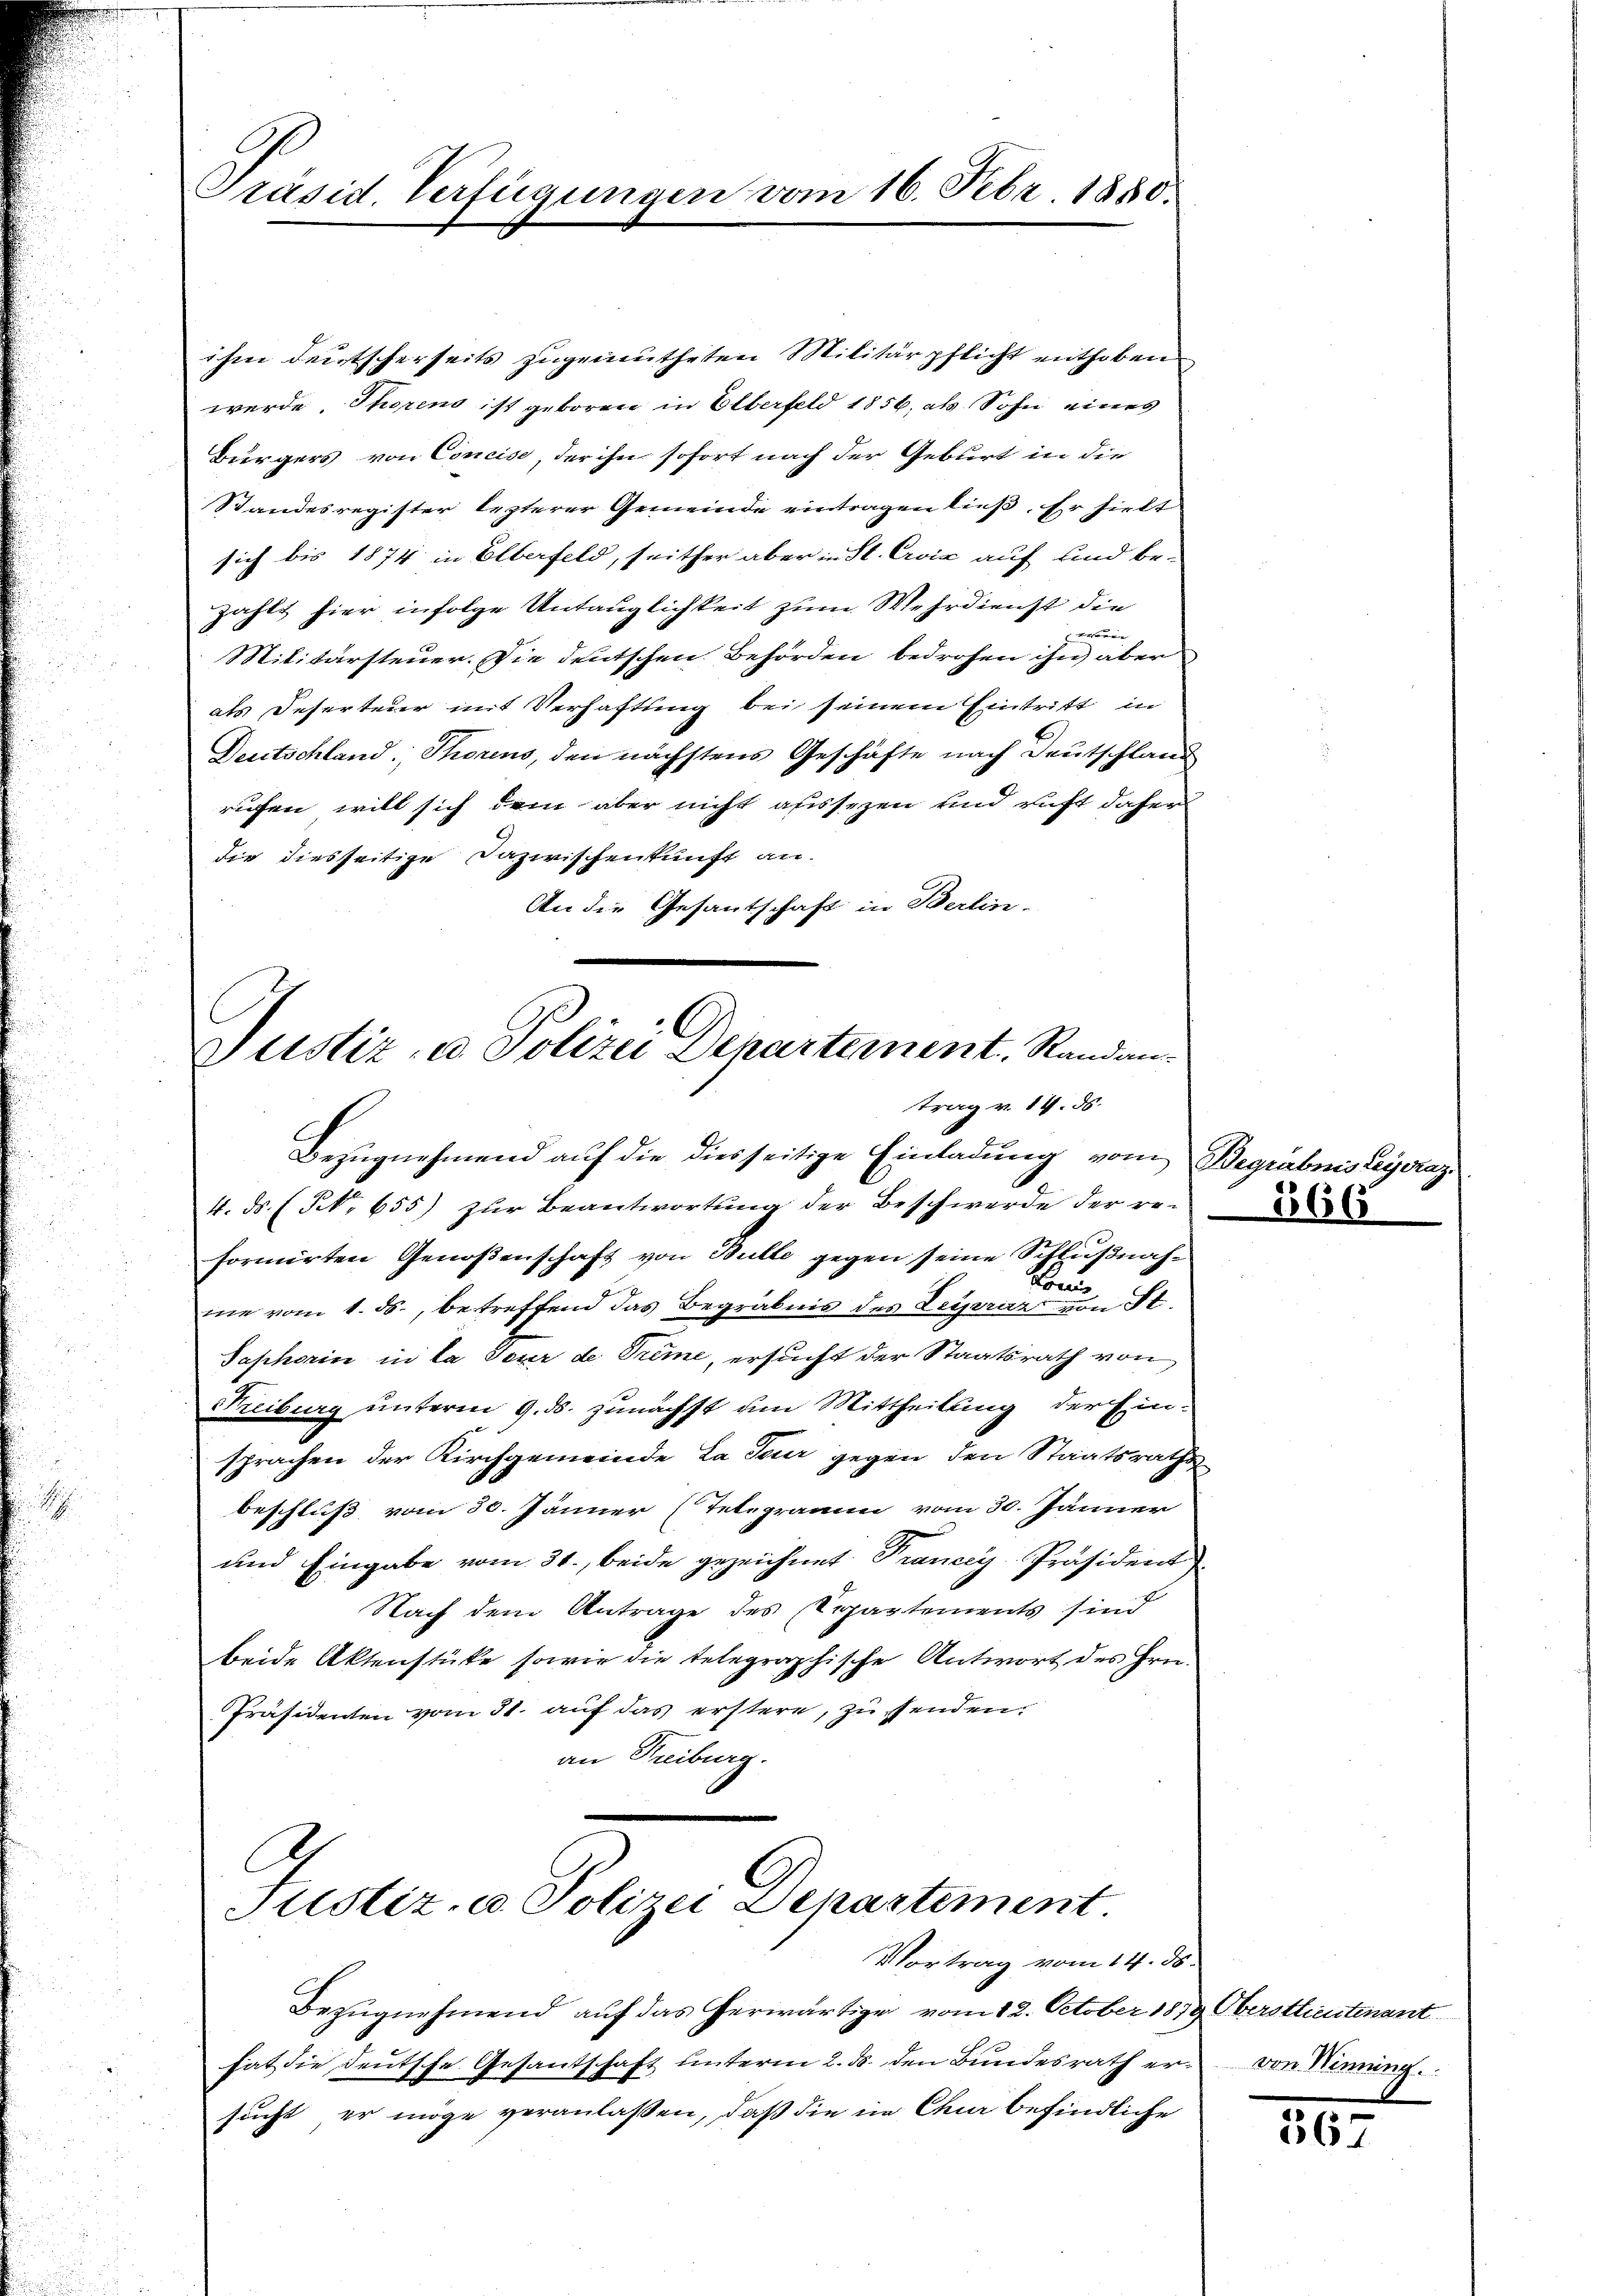
Präsid. Verfügungen vom 16. Febr. 1880.

ihm deutscherseits zugemutheten Militärpflicht enthoben
werde, Thoren ist geboren in Elterfeld 1856, als Sohn eines
Bürgers von Concise, der ihn sofort nach der Geburt in die
Standesregister lezterer Gemeinde eintragen ließ. Er hielt
sich bis 1874 in Elberfeld, seither aber in St. Crvić auf und be-
zählt hier infolge Untauglichkeit zum Wehrdienst die
eehrere
Militärsteuer. Die deutschen Behörden bedrohen ihn aber
als Deserteur mit Verhaftung bei seinem Eintritt in
Deutschland, Thorens, den nächstens Geschäfte nach Deutschland
rufen will sich dem aber nicht aussezen und ruft daher
die diesseitige Dazwischenkunft an.
An die Gesantschaft in Berlin-

Justiz- u. Polizei Departement. Randen.
trag v. 14. ds.

Bezŭgnehmend auf die diesseitige Einladung vom Begräbn
4. ds. (N. 655) zur Beantwortung der Beschwerde der reformirten Genoßenschaft von Bulle gegen seine Schlußnah¬
Bun
me vom 1. ds., betreffend das Begräbnis des Leiparaz von St.
Saphorin in La seur de Trême, ersucht der Staatsrath von
Freiburg unterm 9. ds. zunächst um Mittheilung der Einsprachen der Kirchgemeinde La feuer gegen den Staatsrathe
beschluß vom 30. Jänner (Telegramm vom 30. Jänner
und Eingabe vom 31. beide gezeichnet Trancey-Präsident
Nach dem Antrage des Separtements sind
beide Aktenstüke sowie die telegraphische Antwort des Hrn.
Präsidenten vom 31. auf das erstere, zu senden.
an Freiburg.

l
Justiz- u. Polizei Departement
Vortrag vom 14. ds.

Bezugnehmend auf das herwärtige vom 12. October 1879 Oberstlieutenant
hat die Deutsche Gesantschaft unterm 2. ds. den Bundesrath ersucht, er möge veranlaßen, daß die in Chur befindliche

von Henning.

567

e ag.